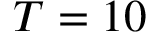
T = 1 0